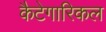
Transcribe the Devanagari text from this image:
कैटेगारिकल